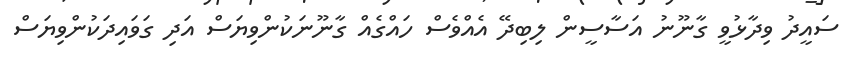
ސައީދު ވިދާޅުވީ ގާނޫނު އަސާސީން ލިބިދޭ އެއްވެސް ހައްގެއް ގާނޫނަކުންވިޔަސް އަދި ގަވައިދަކުންވިޔަސް